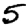
Digit: 5